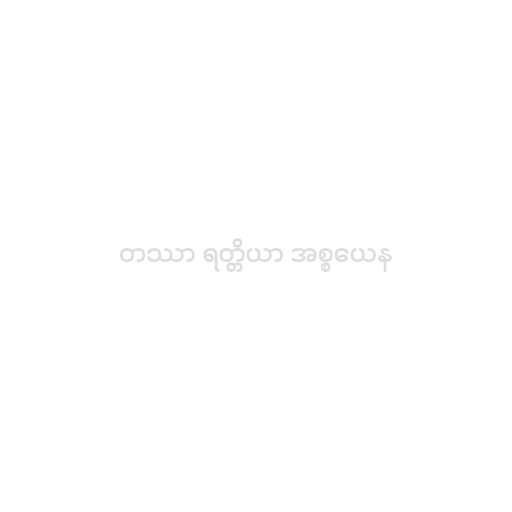
တဿာ ရတ္တိယာ အစ္စယေန